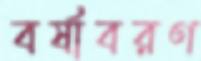
বর্ষাবরণ